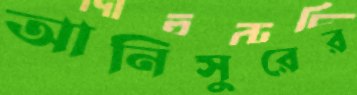
আনিসুরের